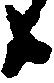
候